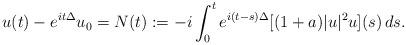
LaTeX: \begin{align*}u(t)-e^{it\Delta}u_0 = N(t):=-i\int_0^t e^{i(t-s)\Delta}[(1+a)|u|^2 u](s)\,ds. \end{align*}